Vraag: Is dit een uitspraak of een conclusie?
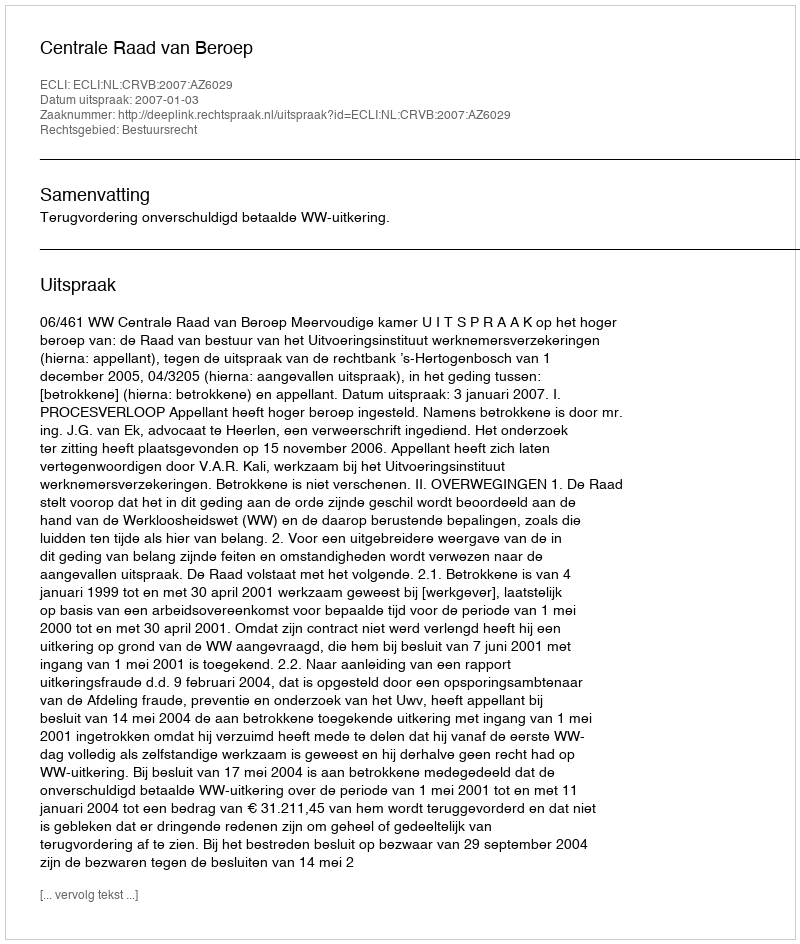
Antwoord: Uitspraak